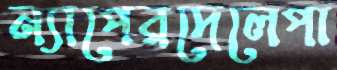
ন্যাপেরদেলেপা